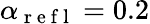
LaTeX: \alpha_{\mathrm{~r~e~f~l~}}=0.2